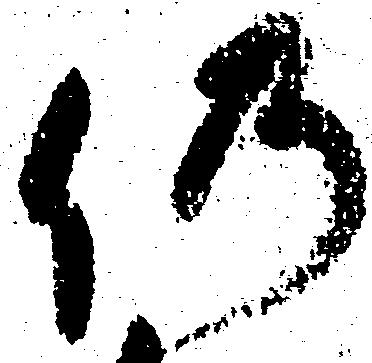
仍